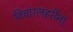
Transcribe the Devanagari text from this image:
विचारलहरींना